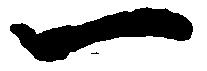
一